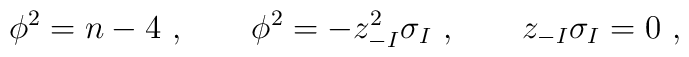
\phi^2 = n-4~ , \qquad \phi^2 = - z_{-I}^2 \sigma_I ~, \qquad z_{-I} \sigma_I = 0~,